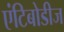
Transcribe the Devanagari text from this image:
एंटिबोडीज